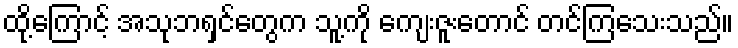
ထို့ကြောင့် အသုဘရှင်တွေက သူ့ကို ကျေးဇူးတောင် တင်ကြသေးသည်။